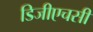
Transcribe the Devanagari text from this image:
डिजीएचसी